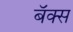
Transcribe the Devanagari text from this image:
बॅक्स